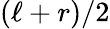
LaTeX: (\ell+r)/2